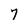
Character: 7